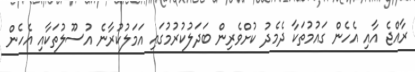
ރާއްޖެ އާއި އެހެން ގައުމުތަކާ ދެމެދު ކުށްވެރިން ބަދަލުކުރުމުގައި އަމަލުކުރާނެ އުސޫލުތަކާއި އެހެން